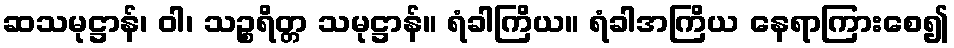
ဆသမုဋ္ဌာန်၊ ဝါ၊ သဉ္စရိတ္တ သမုဋ္ဌာန်။ ရံခါကြိယ။ ရံခါအကြိယ နေရာကြားစေ၍